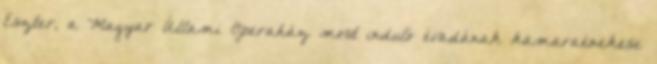
Eszter, a Magyar Állami Operaház most induló évadának kamaraénekese